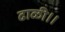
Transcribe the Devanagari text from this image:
ढाळी।।